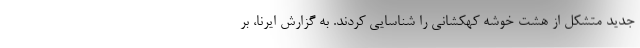
جدید متشکل از هشت خوشه کهکشانی را شناسایی کردند. به گزارش ایرنا، بر